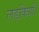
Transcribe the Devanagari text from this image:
लड़कियाँ।